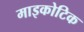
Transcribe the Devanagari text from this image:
माइकोटिक